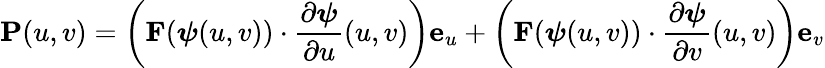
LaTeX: \mathbf{P}(u,v)=\left(\mathbf{F}({\boldsymbol{\psi}}(u,v))\cdot{\frac{\partial{\boldsymbol{\psi}}}{\partial u}}(u,v)\right)\mathbf{e}_{u}+\left(\mathbf{F}({\boldsymbol{\psi}}(u,v))\cdot{\frac{\partial{\boldsymbol{\psi}}}{\partial v}}(u,v)\right)\mathbf{e}_{v}